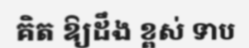
គិត ឱ្យដឹង ខ្ពស់ ទាប